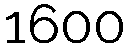
1600